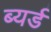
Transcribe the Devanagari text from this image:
ब्यर्ड